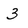
Character: 3